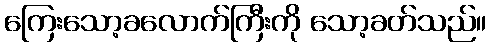
ကြေးသော့ခလောက်ကြီးကို သော့ခတ်သည်။